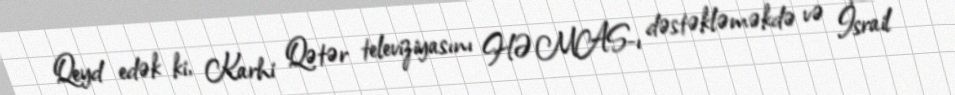
Qeyd edək ki, Karhi Qətər televiziyasını HƏMAS-ı dəstəkləməkdə və İsrail